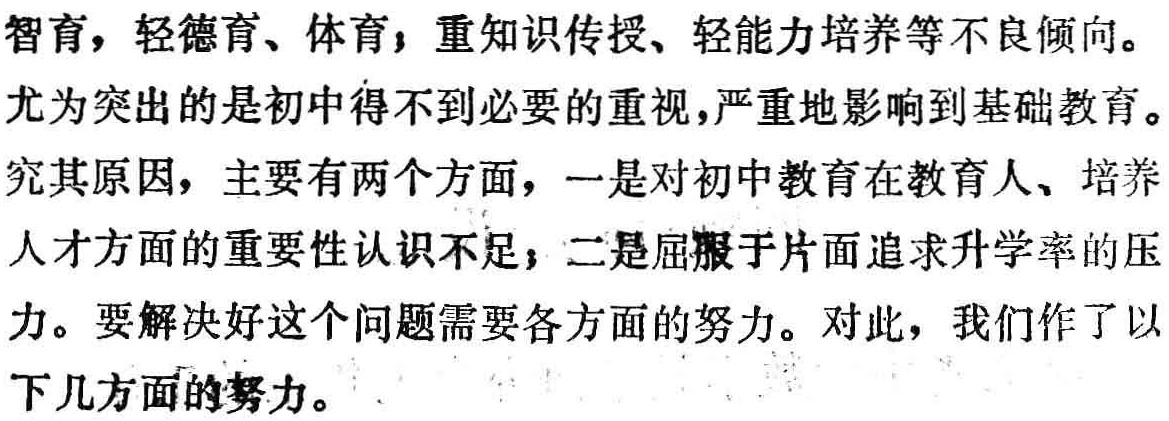
智育，轻德育、体育，重知识传授、轻能力培养等不良倾向。

尤为突出的是初中得不到必要的重视，严重地影响到基础教育。

究其原因，主要有两个方面，一是对初中教育在教育人、培养

人才方面的重要性认识不足；二是屈服于片面追求升学率的压

力。要解决好这个问题需要各方面的努力。对此，我们作了以

下几方面的努力。